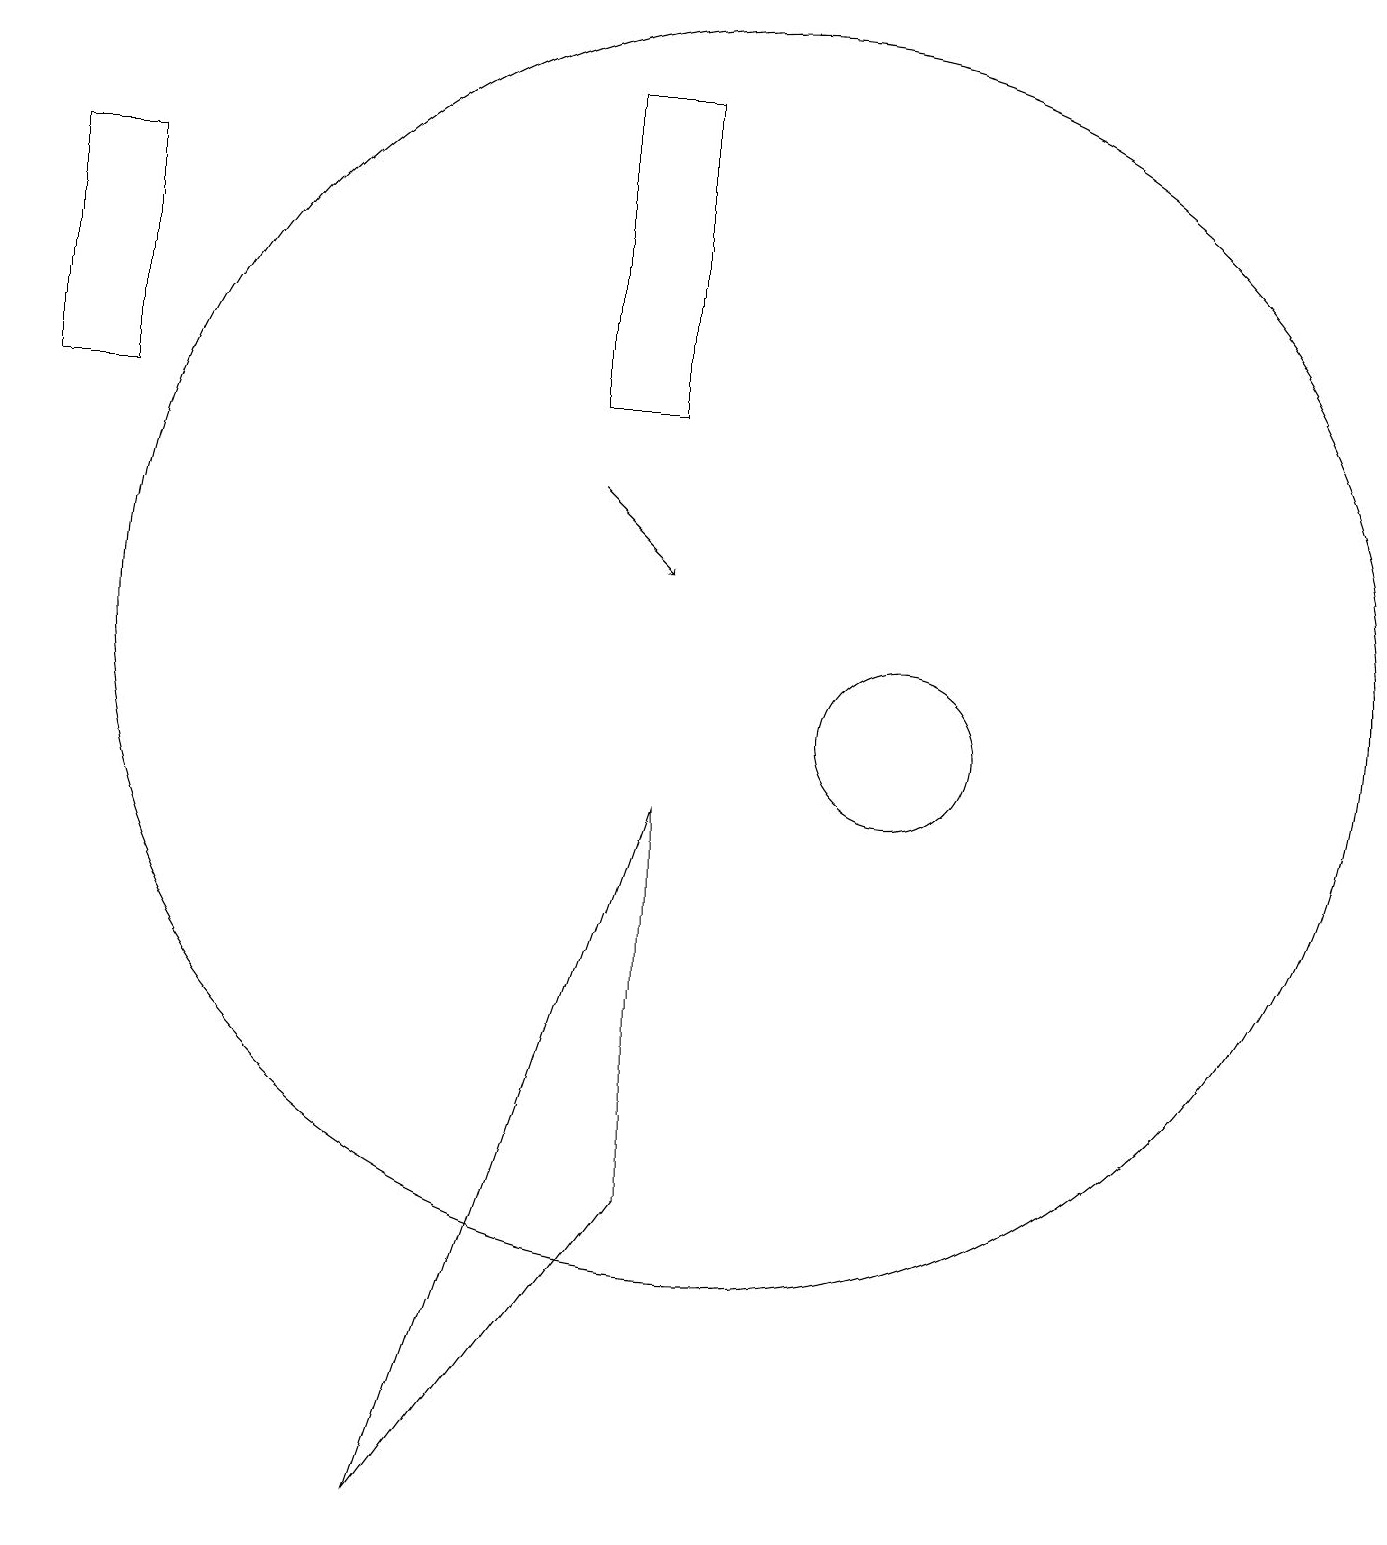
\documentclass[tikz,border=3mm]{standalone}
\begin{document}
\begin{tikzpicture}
\draw[->] (8,13) -- (9,12);
\draw (8,18) rectangle (9,14);
\draw (9,9) -- (9,4) -- (6,0) -- cycle;
\draw (2,17) rectangle (1,14);
\draw (12,10) circle (1);
\draw (10,11) circle (8);
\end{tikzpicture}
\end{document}